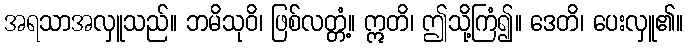
အရသာအလှူသည်။ ဘမိသုဝိ၊ ဖြစ်လတ္တံ့။ ဣတိ၊ ဤသို့ကြံ၍။ ဒေတိ၊ ပေးလှူ၏။